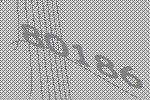
80186